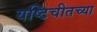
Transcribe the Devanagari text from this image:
यष्टिचीतच्या